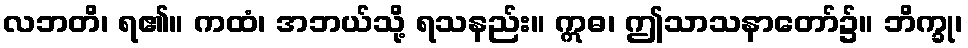
လဘတိ၊ ရ၏။ ကထံ၊ အဘယ်သို့ ရသနည်း။ ဣဓ၊ ဤသာသနာတော်၌။ ဘိက္ခု၊